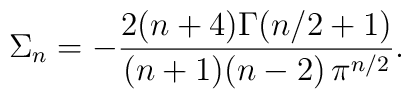
\Sigma_n=-{\frac{2(n+4)\Gamma(n/2+1)}{(n+1)(n-2)\,\pi^{n/2}}}.